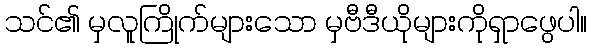
သင်၏ မှလူကြိုက်များသော မှဗီဒီယိုများကိုရှာဖွေပါ။